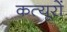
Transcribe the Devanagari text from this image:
कत्यूरों